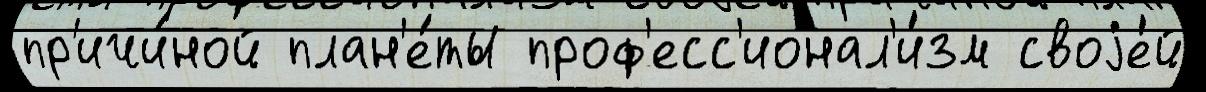
пр'ичи́ной план'е́ты проф'есс'ионал'и́зм своjе́й